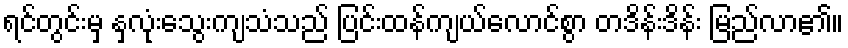
ရင်တွင်းမှ နှလုံးသွေးကျသံသည် ပြင်းထန်ကျယ်လောင်စွာ တဒိန်းဒိန်း မြည်လာ၏။